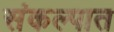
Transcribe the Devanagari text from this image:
संकल्पात